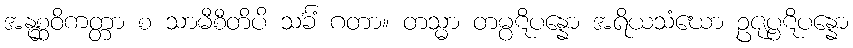
အနုစ္ဆဝိကတ္တာ စ သာမီစီတိပိ သင်္ခံ ဂတာ။ တသ္မာ တမ္ပဋိပန္နော အရိယသံဃော ဥဇုပ္ပဋိပန္နော